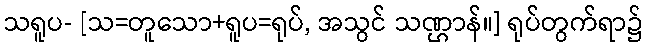
သရူပ- [သ=တူသော+ရူပ=ရုပ်, အသွင် သဏ္ဌာန်။] ရုပ်တွက်ရာ၌